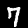
Label: 7